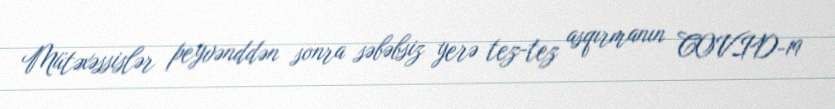
Mütəxəssislər peyvənddən sonra səbəbsiz yerə tez-tez asqırmanın COVID-19